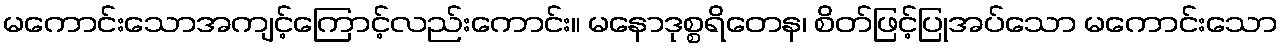
မကောင်းသောအကျင့်ကြောင့်လည်းကောင်း။ မနောဒုစ္စရိတေန၊ စိတ်ဖြင့်ပြုအပ်သော မကောင်းသော